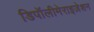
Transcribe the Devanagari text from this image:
डिपॉलीमेराइज़ेशन